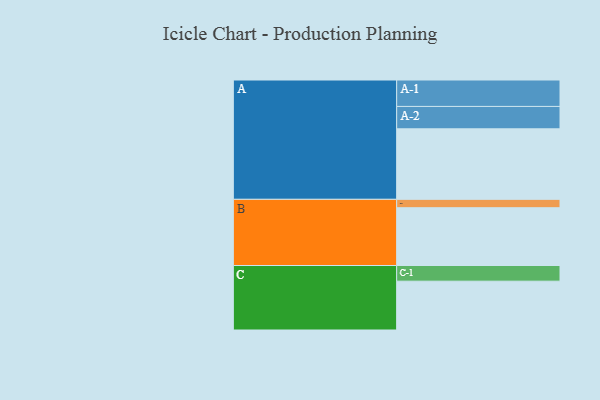
{"axis": {"x": "Segment", "y": "Value"}, "legend": ["", "A", "B", "C"], "data": [{"x": "A", "y": 504, "type": ""}, {"x": "B", "y": 413, "type": ""}, {"x": "C", "y": 349, "type": ""}, {"x": "A-1", "y": 189, "type": "A"}, {"x": "A-2", "y": 160, "type": "A"}, {"x": "B-1", "y": 60, "type": "B"}, {"x": "C-1", "y": 112, "type": "C"}]}